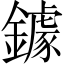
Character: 鐻